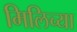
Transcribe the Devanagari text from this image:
मिलिच्या